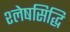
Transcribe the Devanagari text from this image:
श्लेषसिद्धि